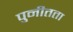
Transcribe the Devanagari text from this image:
पुनीतता